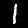
Digit: 1